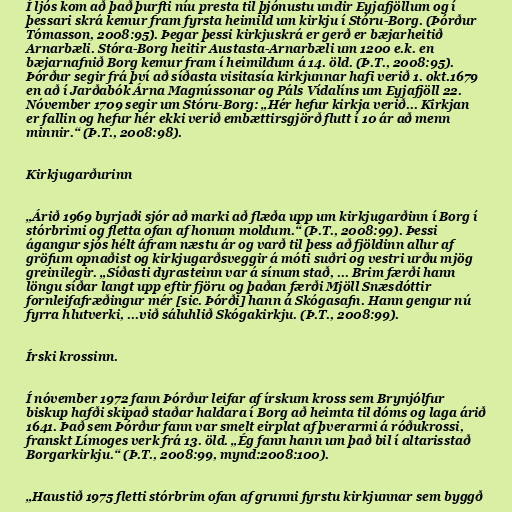
Í ljós kom að það þurfti níu presta til þjónustu undir Eyjafjöllum og í
þessari skrá kemur fram fyrsta heimild um kirkju í Stóru-Borg. (Þórður
Tómasson, 2008:95). Þegar þessi kirkjuskrá er gerð er bæjarheitið
Arnarbæli. Stóra-Borg heitir Austasta-Arnarbæli um 1200 e.k. en
bæjarnafnið Borg kemur fram í heimildum á 14. öld. (Þ.T., 2008:95).
Þórður segir frá því að síðasta visitasía kirkjunnar hafi verið 1. okt.1679
en að í Jarðabók Árna Magnússonar og Páls Vídalíns um Eyjafjöll 22.
Nóvember 1709 segir um Stóru-Borg: „Hér hefur kirkja verið... Kirkjan
er fallin og hefur hér ekki verið embættirsgjörð flutt í 10 ár að menn
minnir.“ (Þ.T., 2008:98).

Kirkjugarðurinn

„Árið 1969 byrjaði sjór að marki að flæða upp um kirkjugarðinn í Borg í
stórbrimi og fletta ofan af honum moldum.“ (Þ.T., 2008:99). Þessi
ágangur sjós hélt áfram næstu ár og varð til þess að fjöldinn allur af
gröfum opnaðist og kirkjugarðsveggir á móti suðri og vestri urðu mjög
greinilegir. „Síðasti dyrasteinn var á sínum stað, ... Brim færði hann
löngu síðar langt upp eftir fjöru og þaðan færði Mjöll Snæsdóttir
fornleifafræðingur mér [sic. Þórði] hann á Skógasafn. Hann gengur nú
fyrra hlutverki, ...við sáluhlið Skógakirkju. (Þ.T., 2008:99).

Írski krossinn.

Í nóvember 1972 fann Þórður leifar af írskum kross sem Brynjólfur
biskup hafði skipað staðar haldara í Borg að heimta til dóms og laga árið
1641. Það sem Þórður fann var smelt eirplat af þverarmi á róðukrossi,
franskt Límoges verk frá 13. öld. „Ég fann hann um það bil í altarisstað
Borgarkirkju.“ (Þ.T., 2008:99, mynd:2008:100).

„Haustið 1975 fletti stórbrim ofan af grunni fyrstu kirkjunnar sem byggð